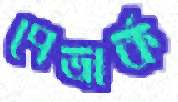
পেত্রার্ক